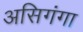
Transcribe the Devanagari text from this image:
असिगंगा